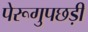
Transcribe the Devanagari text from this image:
पेरूगुपछड़ी